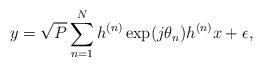
LaTeX: \begin{align*}y_{}&=\sqrt{P}\sum_{n=1}^N h_{}^{(n)} \exp(j\theta_n) h_{}^{(n)}x+\epsilon_{},\end{align*}